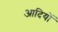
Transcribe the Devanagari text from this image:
आदियों